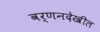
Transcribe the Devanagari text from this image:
वर्णनदेखील